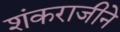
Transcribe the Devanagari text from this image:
शंकराजीने